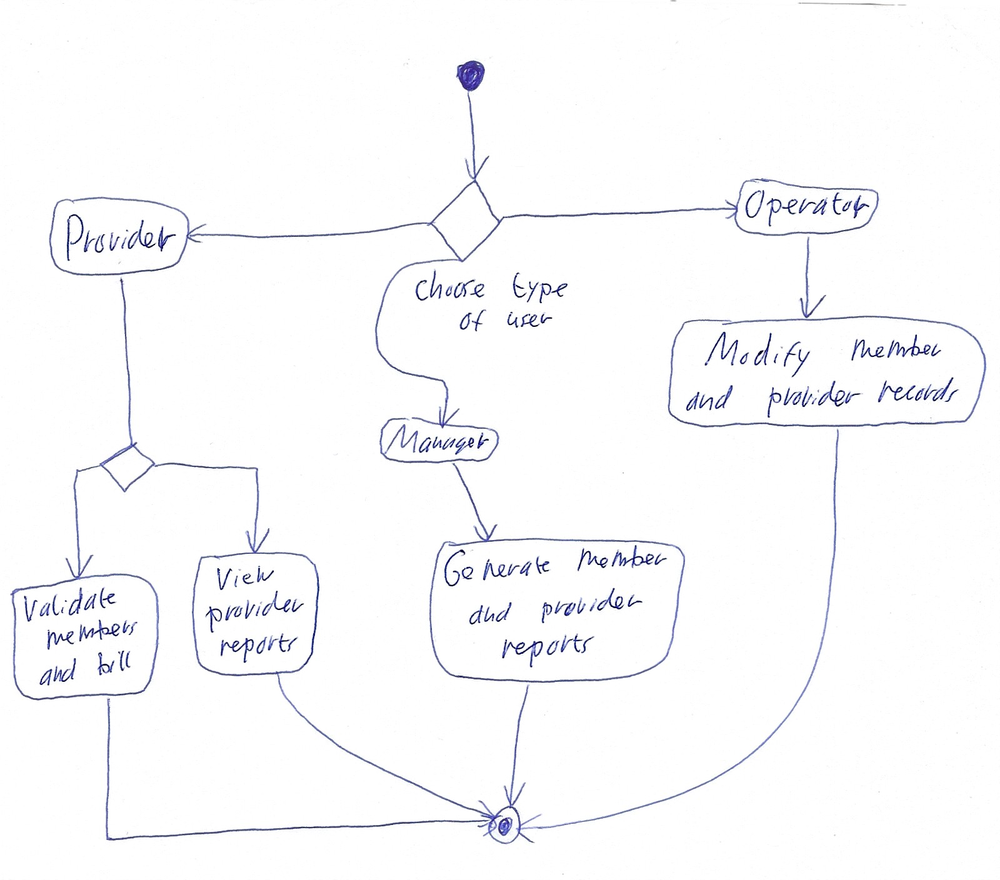
Diagram type: activity_diagram
```plantuml
@startuml

start

switch (Choose type of user)
  case ()
    :Provider;
    if ()
      :Validate members and bill;
    else
      :View provider reports;
    endif
  case ()
    :Manager;
    :Generate member and provider reports;
  case ()
    :Operator;
    :Modify member and provider records;
endswitch

stop

@enduml
```